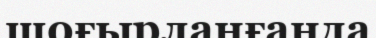
шоғырланғанда